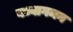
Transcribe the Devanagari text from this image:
वध्वागमन